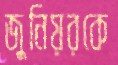
জুনিয়রকে